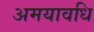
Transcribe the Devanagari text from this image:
अमयावधि